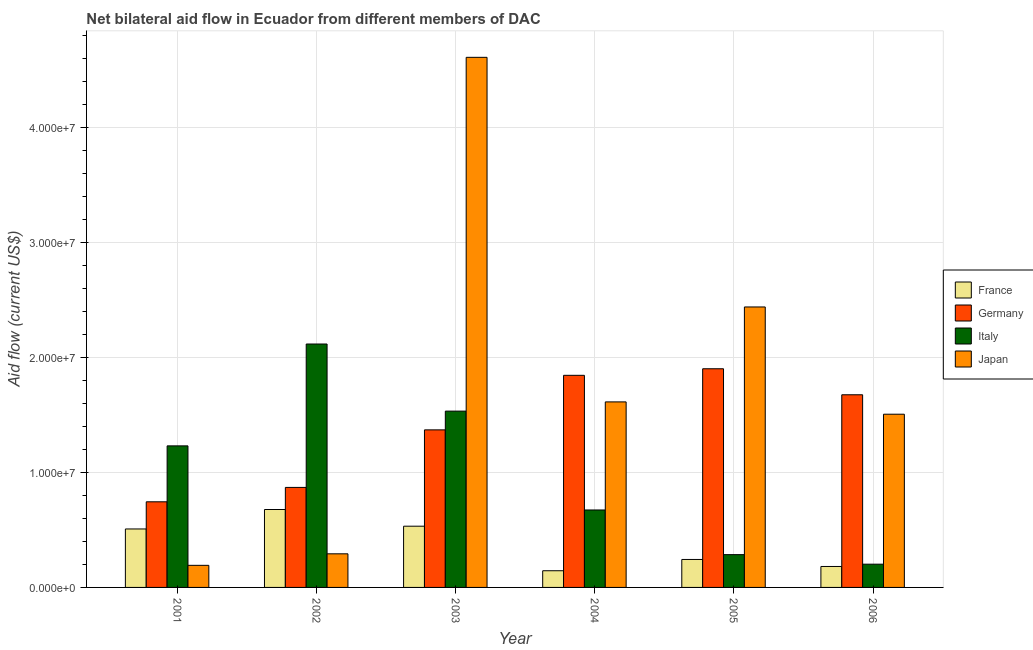
| Year | France | Germany | Italy | Japan |
 | --- | --- | --- | --- | --- |
 | 2001 | 5.08e+06 | 7.44e+06 | 1.23e+07 | 1.92e+06 |
 | 2002 | 6.77e+06 | 8.69e+06 | 2.12e+07 | 2.92e+06 |
 | 2003 | 5.32e+06 | 1.37e+07 | 1.53e+07 | 4.61e+07 |
 | 2004 | 1.45e+06 | 1.84e+07 | 6.73e+06 | 1.61e+07 |
 | 2005 | 2.43e+06 | 1.9e+07 | 2.85e+06 | 2.44e+07 |
 | 2006 | 1.82e+06 | 1.67e+07 | 2.02e+06 | 1.50e+07 |